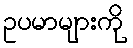
ဥပမာများကို